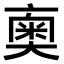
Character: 𠆇